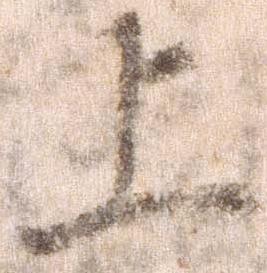
上